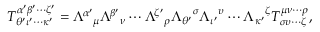
T _ { \theta ^ { \prime } \iota ^ { \prime } \cdots \kappa ^ { \prime } } ^ { \alpha ^ { \prime } \beta ^ { \prime } \cdots \zeta ^ { \prime } } = { \Lambda ^ { \alpha ^ { \prime } } } _ { \mu } { \Lambda ^ { \beta ^ { \prime } } } _ { \nu } \cdots { \Lambda ^ { \zeta ^ { \prime } } } _ { \rho } { \Lambda _ { \theta ^ { \prime } } } ^ { \sigma } { \Lambda _ { \iota ^ { \prime } } } ^ { \upsilon } \cdots { \Lambda _ { \kappa ^ { \prime } } } ^ { \zeta } T _ { \sigma \upsilon \cdots \zeta } ^ { \mu \nu \cdots \rho } ,